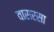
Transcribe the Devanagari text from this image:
वासरसा